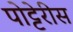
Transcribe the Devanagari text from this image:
पोट्टेरीस